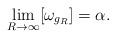
LaTeX: \begin{align*}\lim_{R \to \infty}[\omega_{g_{R}}] = \alpha.\end{align*}